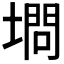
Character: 𰊥